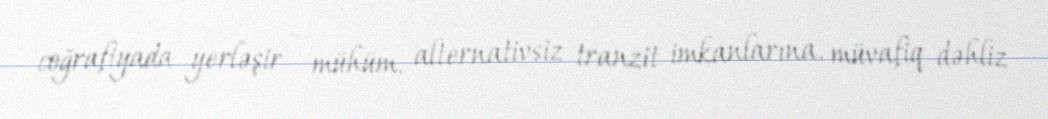
coğrafiyada yerləşir - mühüm, alternativsiz tranzit imkanlarına, müvafiq dəhliz